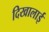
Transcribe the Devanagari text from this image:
दिखालाई